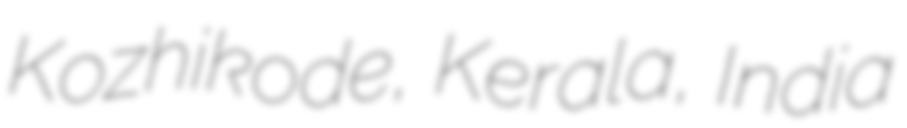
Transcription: Kozhikode, Kerala, India